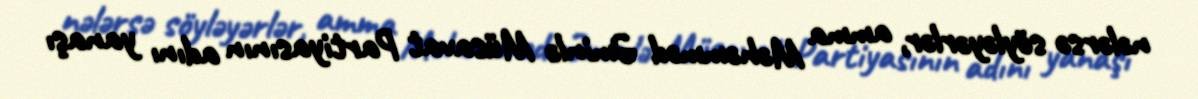
nələrsə söyləyərlər, amma Məhəmməd Əminlə Müsavat Partiyasının adını yanaşı